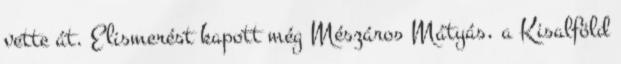
vette át. Elismerést kapott még Mészáros Mátyás, a Kisalföld